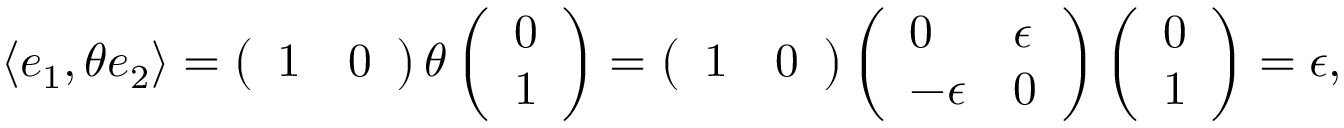
\langle e _ { 1 } , \theta e _ { 2 } \rangle = \left( \begin{array} { l l } { 1 } & { 0 } \end{array} \right) \theta \left( \begin{array} { l } { 0 } \\ { 1 } \end{array} \right) = \left( \begin{array} { l l } { 1 } & { 0 } \end{array} \right) \left( \begin{array} { l l } { 0 } & { \epsilon } \\ { - \epsilon } & { 0 } \end{array} \right) \left( \begin{array} { l } { 0 } \\ { 1 } \end{array} \right) = \epsilon ,